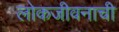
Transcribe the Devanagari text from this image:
लोकजीवनाची